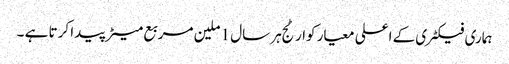
ہماری فیکٹری کے اعلی معیار کوارٹج ہر سال 1 ملین مربع میٹر پیدا کرتا ہے ۔